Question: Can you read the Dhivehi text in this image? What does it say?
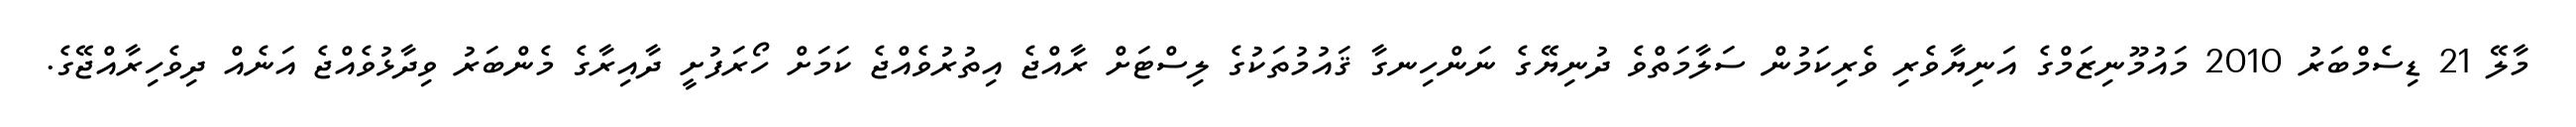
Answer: މާލޭ 21 ޑިސެމްބަރު 2010 މައުމޫނިޒަމްގެ އަނިޔާވެރި ވެރިކަމުން ސަލާމަތްވެ ދުނިޔޭގެ ނަންހިނގާ ޤައުމުތަކުގެ ލިސްޓަށް ރާއްޖެ އިތުރުވެއްޖެ ކަމަށް ހޯރަފުށީ ދާއިރާގެ މެންބަރު ވިދާޅުވެއްޖެ އަނެއް ދިވެހިރާއްޖޭގެ.